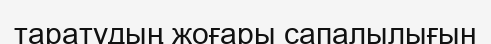
таратудың жоғары сапалылығын